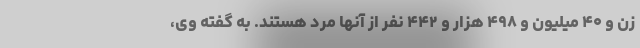
زن و ۴۰ میلیون و ۴۹۸ هزار و ۴۴۲ نفر از آنها مرد هستند. به گفته وی،